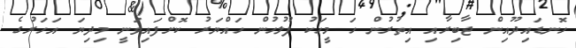
ހޮނޑައިދޫއިން ޖާބިރާއި އިތުރުން ހަ މީހަކު ފުލުހުން ހައްޔަރު ކޮށްފައިވަނީ މިދިޔަ އަހަރުގެ